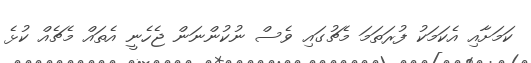
ކަމަށާއި އެކަމަކު ފުރަތަމަ މެޗުގައި ވެސް ނުކުންނަން ޖެހެނީ އެތައް މެޗެއް ކުޅެ